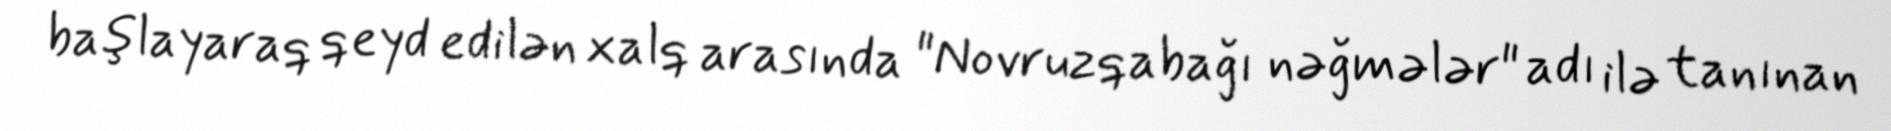
başlayaraq qeyd edilən xalq arasında "Novruzqabağı nəğmələr" adı ilə tanınan